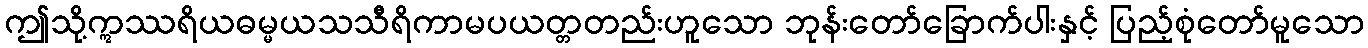
ဤသို့ဣဿရိယဓမ္မယသသီရိကာမပယတ္တတည်းဟူသော ဘုန်းတော်ခြောက်ပါးနှင့် ပြည့်စုံတော်မူသော